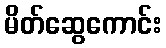
မိတ်ဆွေကောင်း